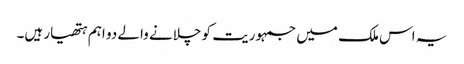
یہ اس ملک میں جمہوریت کو چلانے والے دو اہم ہتھیار ہیں۔